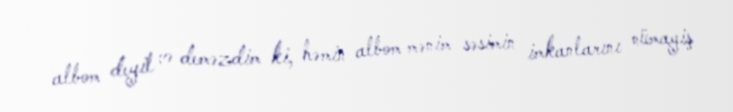
albom deyil və deməzdim ki, həmin albom mənim səsimin imkanlarını nümayiş